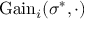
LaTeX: { \mathrm { G a i n } } _ { i } ( \sigma ^ { * } , \cdot )